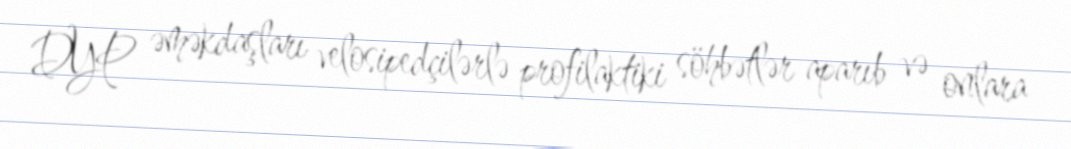
DYP əməkdaşları velosipedçilərlə profilaktiki söhbətlər aparıb və onlara